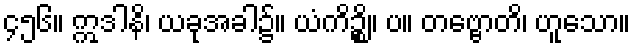
၄၅၆။ ဣဒါနိ၊ ယခုအခါ၌။ ယံကိဉ္စိ။ ပ။ တဗ္ဗောတိ၊ ဟူသော။